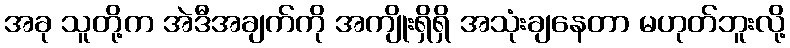
အခု သူတို့က အဲဒီအချက်ကို အကျိုးရှိရှိ အသုံးချနေတာ မဟုတ်ဘူးလို့